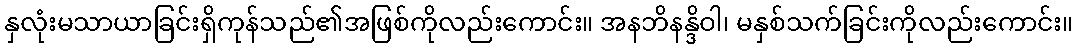
နှလုံးမသာယာခြင်းရှိကုန်သည်၏အဖြစ်ကိုလည်းကောင်း။ အနဘိနန္ဒိဝါ၊ မနှစ်သက်ခြင်းကိုလည်းကောင်း။